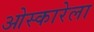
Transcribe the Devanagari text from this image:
ओस्कारेला